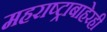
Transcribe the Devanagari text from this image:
महराष्ट्राबाहेरही